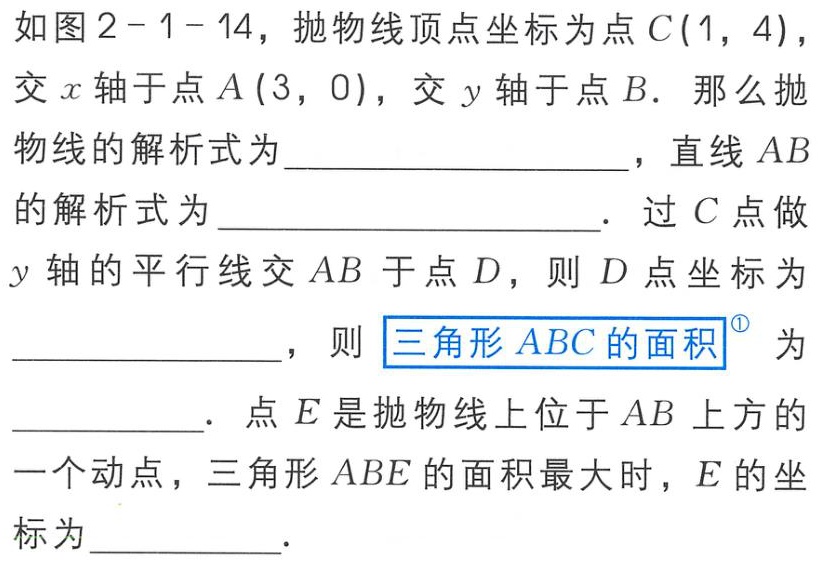
如图2 - 1 - 14，抛物线顶点坐标为点\(C(1,4)\)，交\(x\)轴于点\(A(3,0)\)，交\(y\)轴于点\(B\)。那么抛物线的解析式为  ，直线\(AB\)的解析式为  。过\(C\)点做\(y\)轴的平行线交\(AB\)于点\(D\)，则\(D\)点坐标为  ，则\(三角形ABC的面积^{\textcircled{1}}\) 为  。点\(E\)是抛物线上位于\(AB\)上方的一个动点，三角形\(ABE\)的面积最大时，\(E\)的坐标为  。